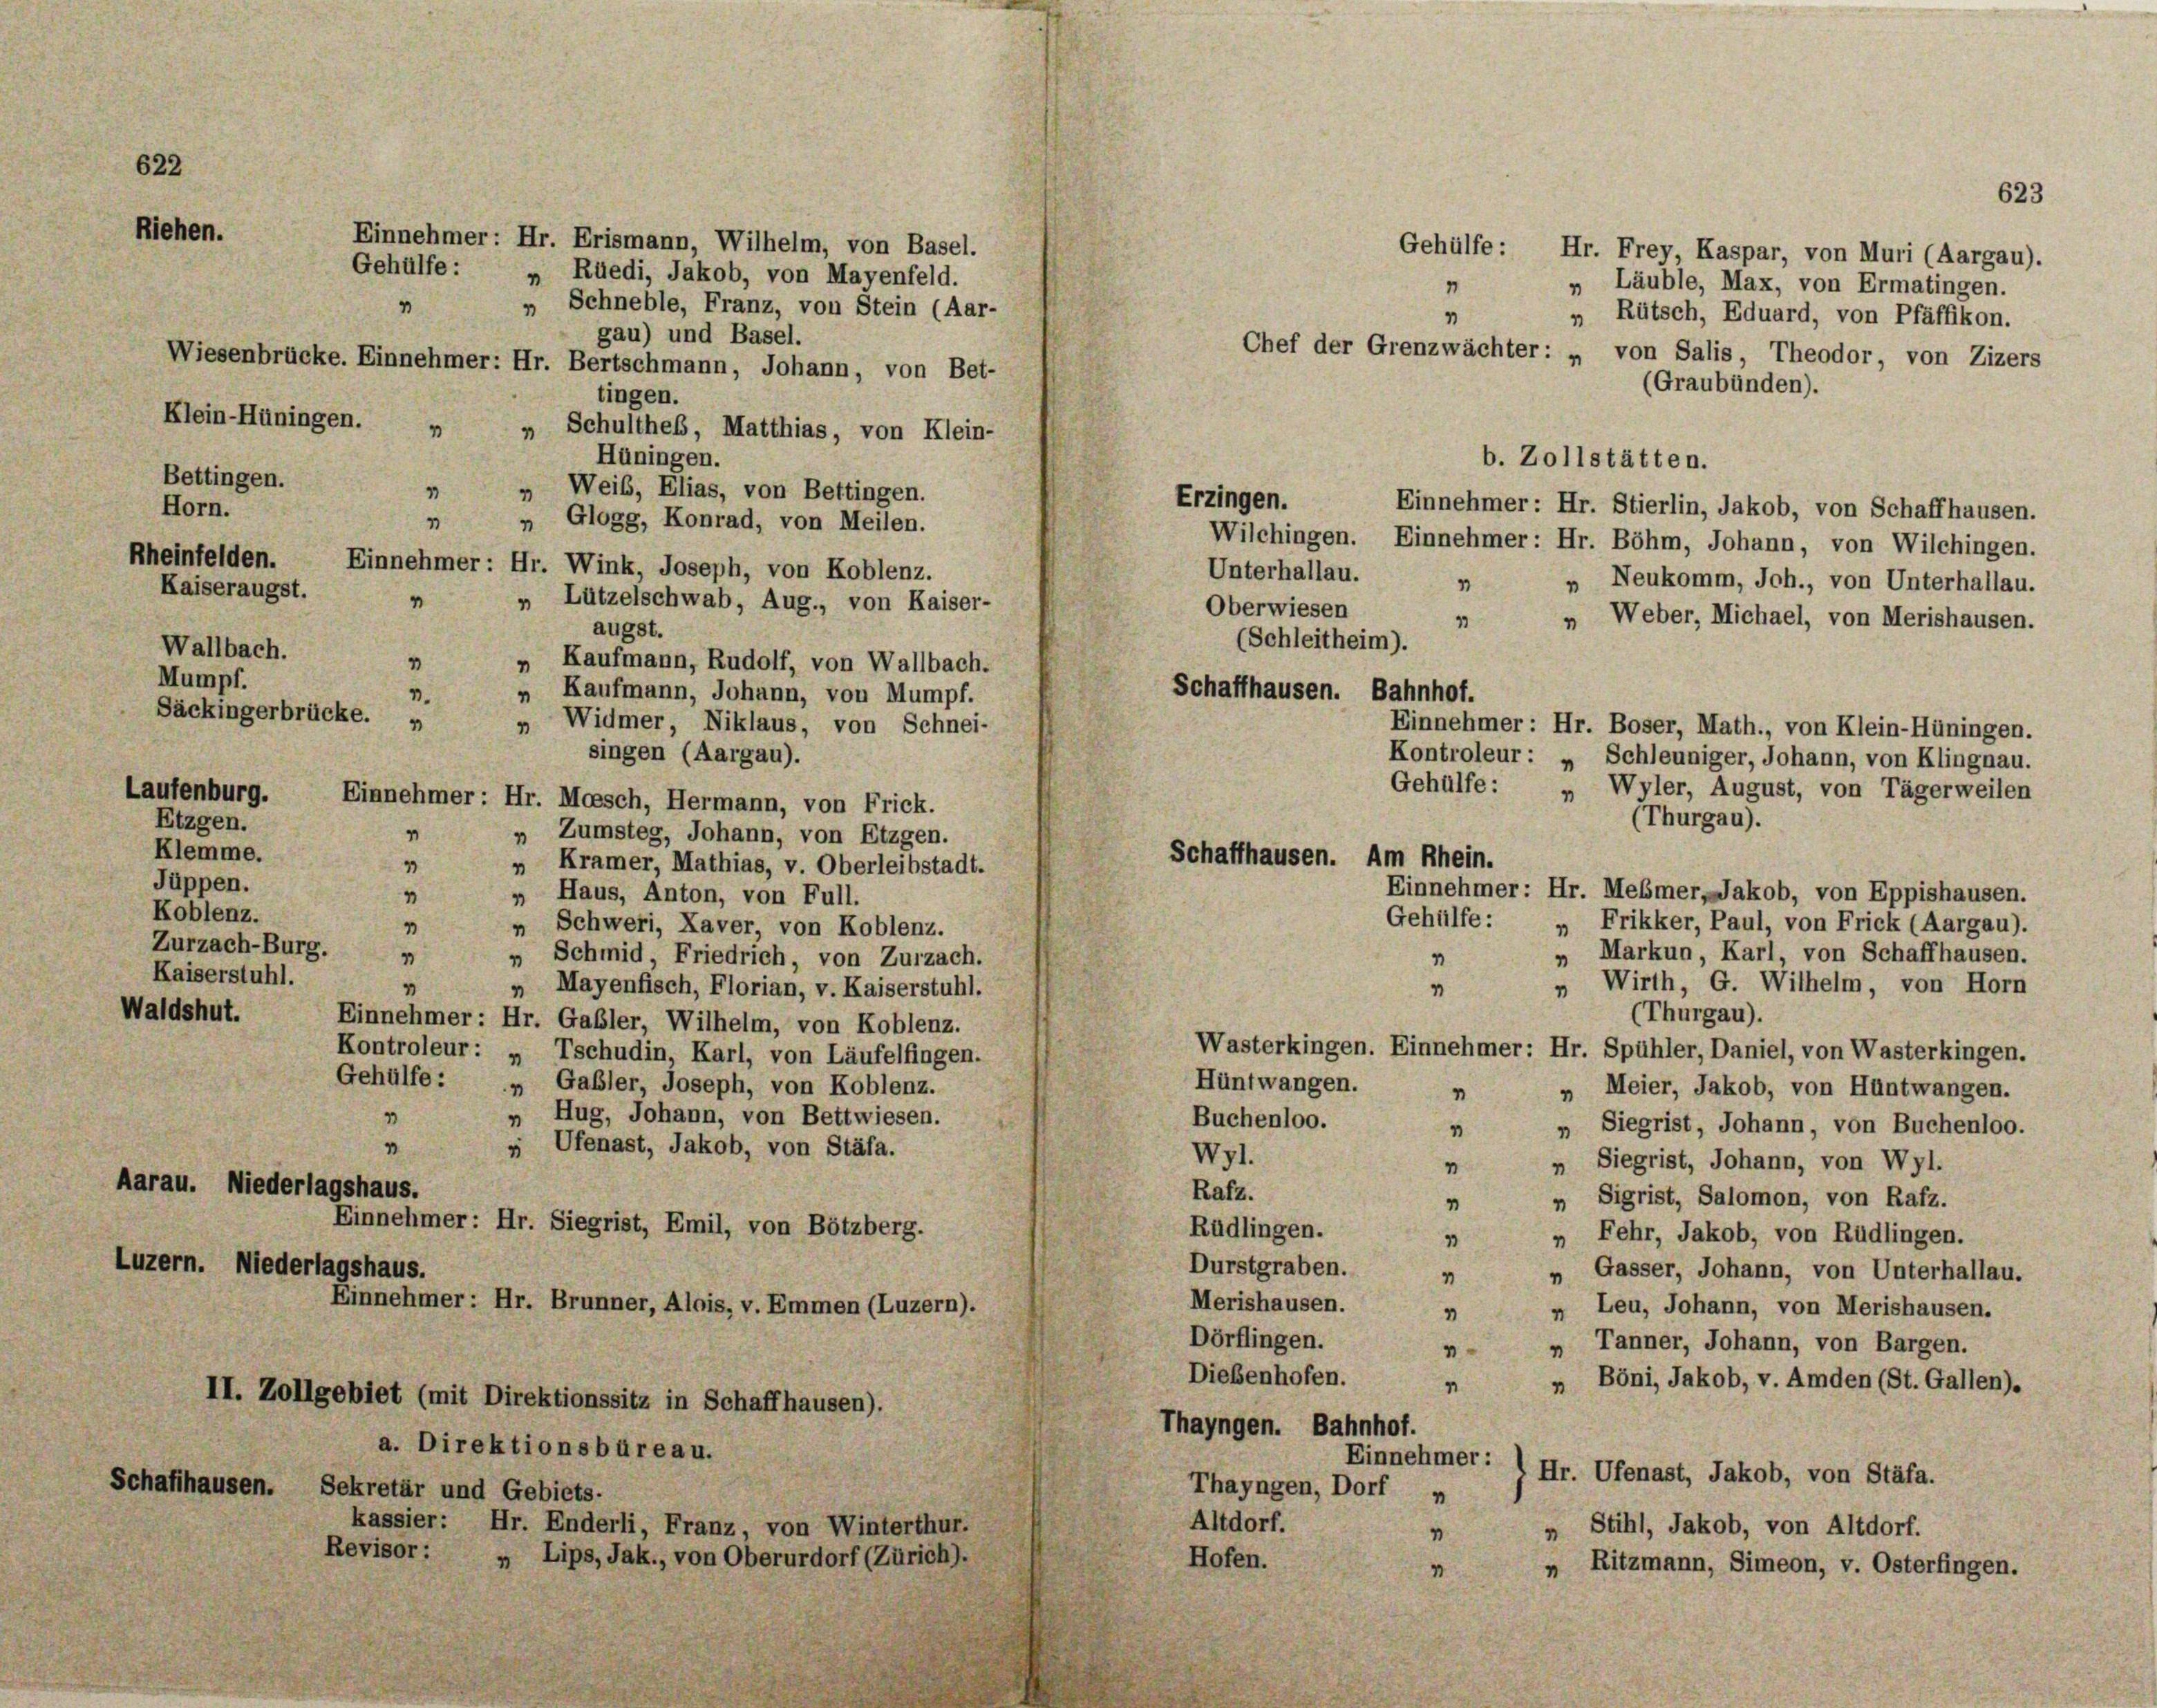
622
Riehen.

Gehülfe : „ Rüedi, Jakob, von Mayenfeld.
„ Schneble, Franz, von Stein (Aar-
gau) und Basel.
Wiesenbrücke. Einnehmer: Hr. Bertschmann, Johann, von Bet-
tingen.
Klein-Hüningen. „ „ Schultheß, Matthias, von Klein-
Hüningen.
Weib, Elias, von Bettingen.
1
4
Einnehmer: Hr. Stierlin, Jakob, von Schaffhausen.
„ „ Glogg, Konrad, von Meilen.
Wilchingen. Einnehmer: Hr. Böhm, Johann, von Wilchingen.
Einnehmer: Hr. Wink, Joseph, von Koblenz.
Unterhallau.
„ Neukomm, Jch., von Unterhallau.
1
„ Lützelschwab, Aug., von Kaiser-
4
Oberwiesen
„ Weber, Michael, von Merishausen.
1
augst.
(Schleitheim).
1
„ Kaufmann, Rudolf, von Wallbach.
Schaffhausen. Bahnhof.
„ Kaufmann, Johann, von Mumpf.
3.
„ Widmer, Niklaus, von Schnei-
Einnehmer: Hr. Boser, Math., von Klein-Hüningen.
singen (Aargau).
Kontroleur: „ Schleuniger, Johann, von Klingnau.
Gehülfe: Wyler, August, von Tägerweilen
Einnehmer: Hr. Moesch, Hermann, von Frick.
(Thurgau).
„ Zumsteg, Johann, von Etzgen.
4
1
„ Kramer, Mathias, v. Oberleibstadt.
Einnehmer: Hr. Meßmer Jakob, von Eppishausen.
„ Haus, Anton, von Full.
“
Gehülfe :
Frikker, Paul, von Frick (Aargau).
1
" Schweri, Xaver, von Koblenz.
1
» Markun, Karl, von Schaffhausen.
„ Schmid, Friedrich, von Zurzach.
1
1
" Wirth, G. Wilhelm, von Horn
“
„ Mayenfisch, Florian, v. Kaiserstuhl.
“
(Thurgau).
Einnehmer: Hr. Gabler, Wilhelm, von Koblenz.
Wasterkingen. Einnehmer: Hr. Spühler, Daniel, von Wasterkingen.
Kontroleur: „ Tschudin, Karl, von Läufelfingen.
Hüntwangen.
Gehülfe: „ Gabler, Joseph, von Koblenz.
 „ Meier, Jakob, von Hüntwangen.
1
„ Hug, Johann, von Bettwiesen.
Buchenloo.
„ Siegrist, Johann, von Buchenloo.
1
1
 Ufenast, Jakob, von Stäfa.
Wyl.
„ Siegrist, Johann, von Wyl.
1
Aarau. Niederlagshaus.
Rafz.
„ Sigrist, Salomon, von Rafz.
4
Einnehmer: Hr. Siegrist, Emil, von Bötzberg.
Rüdlingen.
„ Fehr, Jakob, von Rüdlingen.
1
Luzern. Niederlagshaus.
Durstgraben.
„ Gasser, Johann, von Unterhallau.
4
Merishausen.
Einnehmer: Hr. Brunner, Alois, v. Emmen (Luzern).
 Leu, Johann, von Merishausen.
1
Dörflingen.
„ Tanner, Johann, von Bargen.
4
Dießenhofen.
„ Böni, Jakob, v. Amden (St. Gallen).
II. Zollgebiet (mit Direktionssitz in Schaffhausen).
Thayngen. Bahnhof.
a. Direktionsbüreau.
Einnehmer:
Hr. Ufenast, Jakob, von Stäfa.
Schaffhausen. Sekretär und Gebiets-
Thayngen, Dorf n
Altdorf.
kassier: Hr. Enderli, Franz, von Winterthur.
„ Stihl, Jakob, von Altdorf.
1
Revisor: „ Lips, Jak., von Oberurdorf (Zürich).
Hofen.
„ Ritzmann, Simeon, v. Osterfingen.
1

1

Bettingen.
Horn.
Rheinfelden.
Kaiseraugst.
Wallbach.
Mumpf.
Säckingerbrücke. »
Laufenburg.
Etzgen.
Klemme.
Jüppen.
Koblenz.
Zurzach-Burg.
Kaiserstuhl.
Waldshut.

Einnehmer: Hr. Erismann, Wilhelm, von Basel.

1
1

b. Zollstätten.

Erzingen.

Schaffhausen. Am Rhein.

(Graubünden).

Gehülfe: Hr. Frey, Kaspar, von Muri (Aargau).
„ Läuble, Max, von Ermatingen.
„ Rütsch, Eduard, von Pfäffikon.
Chef der Grenzwächter: „ von Salis, Theodor, von Zizers

623